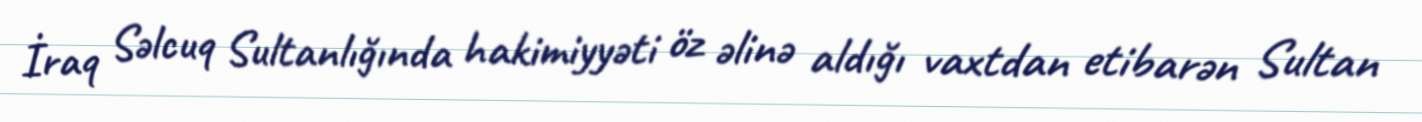
İraq Səlcuq Sultanlığında hakimiyyəti öz əlinə aldığı vaxtdan etibarən Sultan